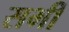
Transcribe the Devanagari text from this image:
सभीं